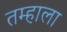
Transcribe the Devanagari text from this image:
तम्हाला